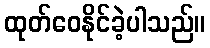
ထုတ်ဝေနိုင်ခဲ့ပါသည်။